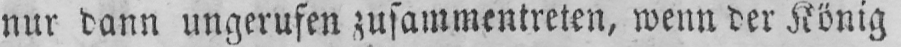
nur dann ungerufen zusammentreten, wenn der König